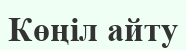
Көңіл айту